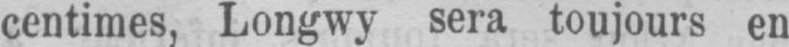
centimes, Longwy sera toujours en